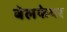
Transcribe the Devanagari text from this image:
बेलफेयर